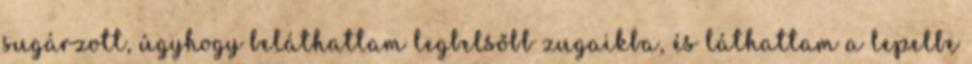
sugárzott, úgyhogy beláthattam legbelsőbb zugaikba, és láthattam a lepelbe